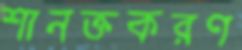
শানক্তকরণ